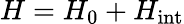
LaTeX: H=H_{\mathrm{0}}+H_{\mathrm{int}}